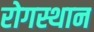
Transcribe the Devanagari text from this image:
रोगस्थान